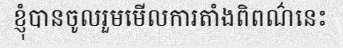
ខ្ញុំបានចូលរួមមើលការតាំងពិពណ៌នេះ